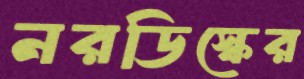
নরডিস্কের